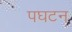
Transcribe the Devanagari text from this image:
पघटन